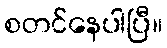
စတင်နေပါပြီ။